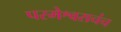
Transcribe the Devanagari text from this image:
परमेश्वराचंच